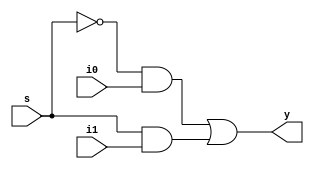
// Code your design here
module mux (y,s,i1,i0); 
input i1,i0,s; 
output y; 
wire sbar,p1,p2,y; 
not G1 (sbar,s); 
and G2 (p1,sbar,i0); 
and G3 (p2,s,i1); 
or G4 (y,p1,p2); 
endmodule 


module mux4 (Y,S,I1,I0);
  input [3:0] I1,I0;
  output [3:0] Y;
  input S;
  wire [3:0]Y;
  
  mux aa (Y[0],S,I1[0],I0[0]);
  mux bb (Y[1],S,I1[1],I0[1]);
  mux cc (Y[2],S,I1[2],I0[2]);
  mux dd (Y[3],S,I1[3],I0[3]);
  
endmodule